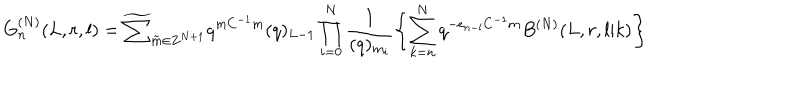
G _ { n } ^ { ( N ) } ( L , r , l ) = \widetilde { \sum } _ { \tilde { m } \in { \bf Z } ^ { N + 1 } } q ^ { m C ^ { - 1 } m } ( q ) _ { L - 1 } \prod _ { i = 0 } ^ { N } \frac { 1 } { ( q ) _ { m _ { i } } } \left\{ \sum _ { k = n } ^ { N } q ^ { - e _ { n - l } C ^ { - 1 } m } B ^ { ( N ) } ( L , r , l | k ) \right\}